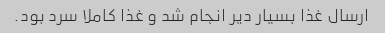
ارسال غذا بسیار دیر انجام شد و غذا کاملا سرد بود.